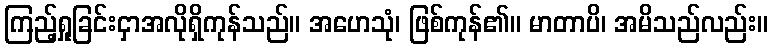
ကြည့်ရှုခြင်းငှာအလိုရှိကုန်သည်။ အဟေသုံ၊ ဖြစ်ကုန်၏။ မာတာပိ၊ အမိသည်လည်း။